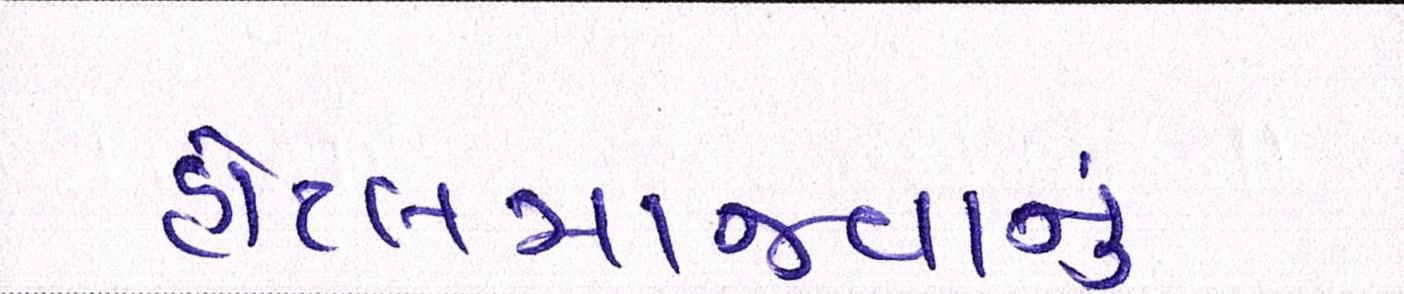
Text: હોટલમાજમવાનું